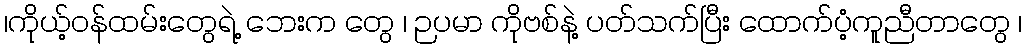
၊ကိုယ့်ဝန်ထမ်းတွေရဲ့ ဘေးက တွေ ၊ ဉပမာ ကိုဗစ်နဲ့ ပတ်သက်ပြီး ထောက်ပံ့ကူညီတာတွေ ၊